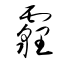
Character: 霾